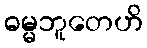
ဓမ္မဘူတေဟိ